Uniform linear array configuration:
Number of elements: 32
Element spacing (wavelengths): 0.75
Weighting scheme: kaiser
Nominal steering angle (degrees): -15
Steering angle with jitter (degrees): -14.952
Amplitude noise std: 0.05
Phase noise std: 0.05

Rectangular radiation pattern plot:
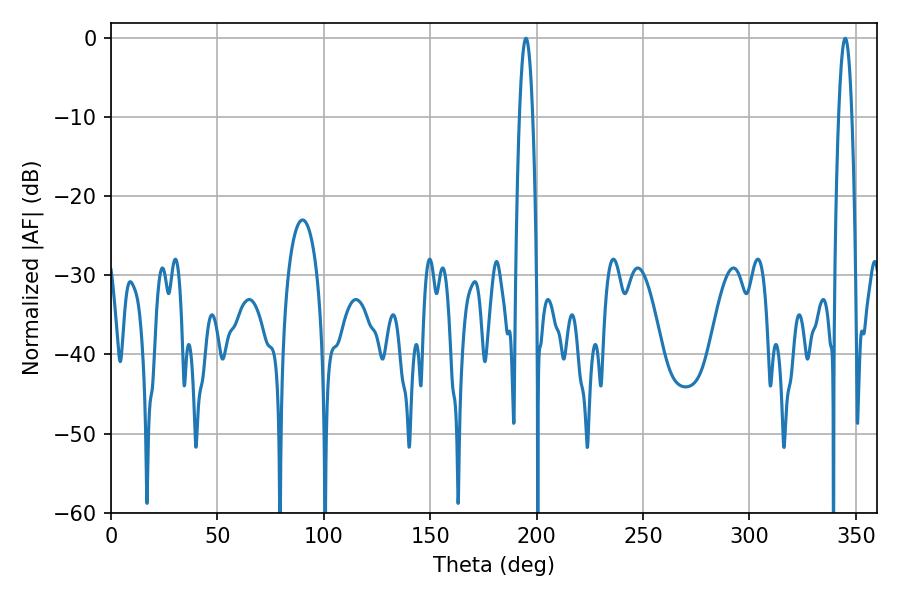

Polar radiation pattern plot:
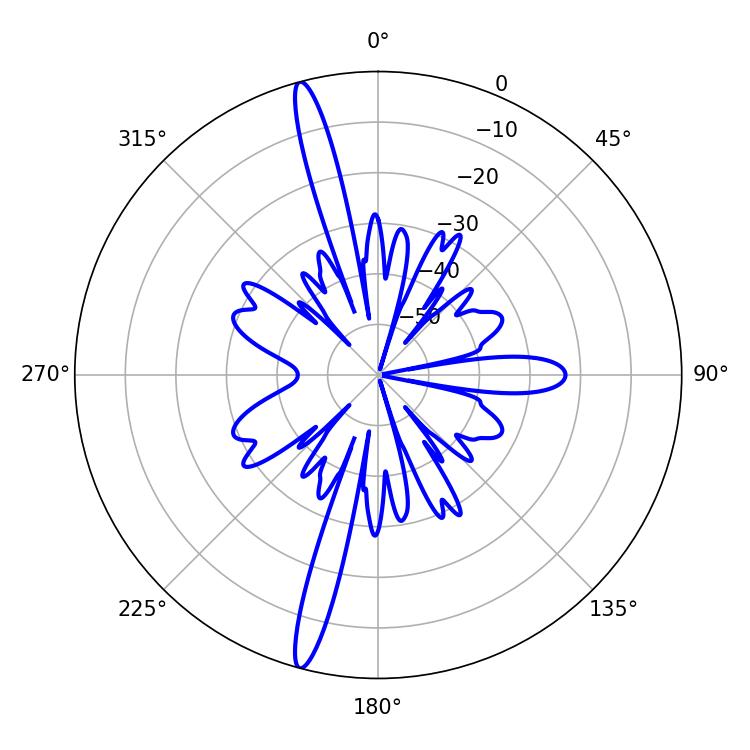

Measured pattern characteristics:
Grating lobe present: TRUE
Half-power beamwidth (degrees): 3.42
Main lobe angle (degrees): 194.94